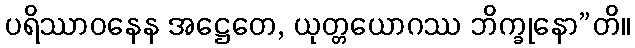
ပရိဿာဝနေန အဋ္ဌေတေ, ယုတ္တယောဂဿ ဘိက္ခုနော”တိ။